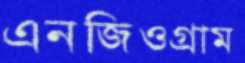
এনজিওগ্রাম